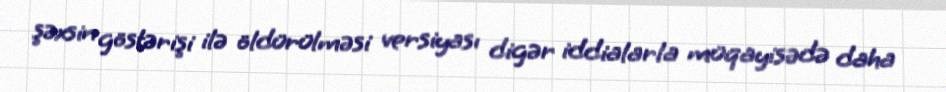
şəxsin göstərişi ilə öldürülməsi versiyası digər iddialarla müqayisədə daha